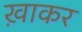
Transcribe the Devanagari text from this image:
ख़ाकर